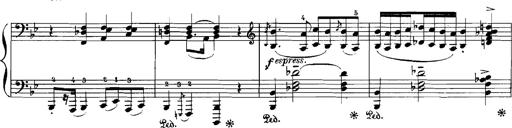
Title: Rhapsodies hongroises
Composer: Franz Liszt